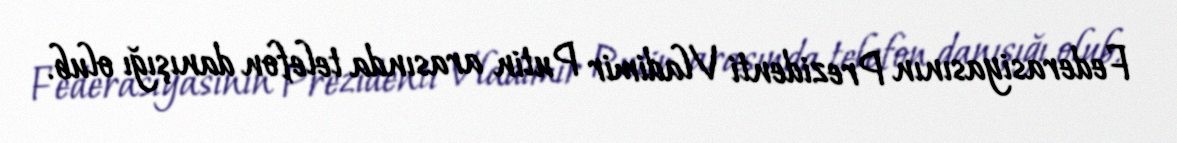
Federasiyasının Prezidenti Vladimir Putin arasında telefon danışığı olub.